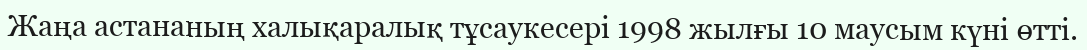
Жаңа астананың халықаралық тұсаукесері 1998 жылғы 10 маусым күні өтті.